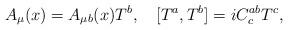
LaTeX: \begin{align*}A_\mu(x) = A_{\mu b}(x) T^b, \quad [T^a,T^b] = i C^{ab}_c T^c,\end{align*}